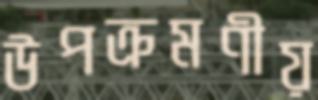
উপক্রমণীয়